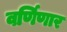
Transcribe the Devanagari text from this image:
वर्णिणार